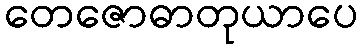
တေဇောဓာတုယာပေ